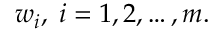
w _ { i } , \; i = 1 , 2 , \ldots , m .